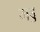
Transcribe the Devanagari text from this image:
गड्ड